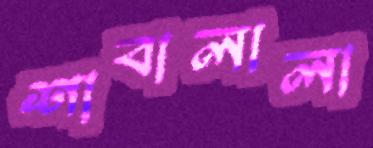
শাবালালা